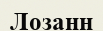
Лозанн